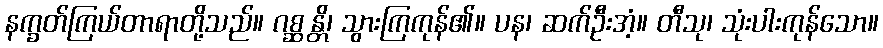
နက္ခတ်ကြယ်တာရာတို့သည်။ ဂစ္ဆန္တိ၊ သွားကြကုန်၏။ ပန၊ ဆက်ဦးအံ့။ တီသု၊ သုံးပါးကုန်သော။